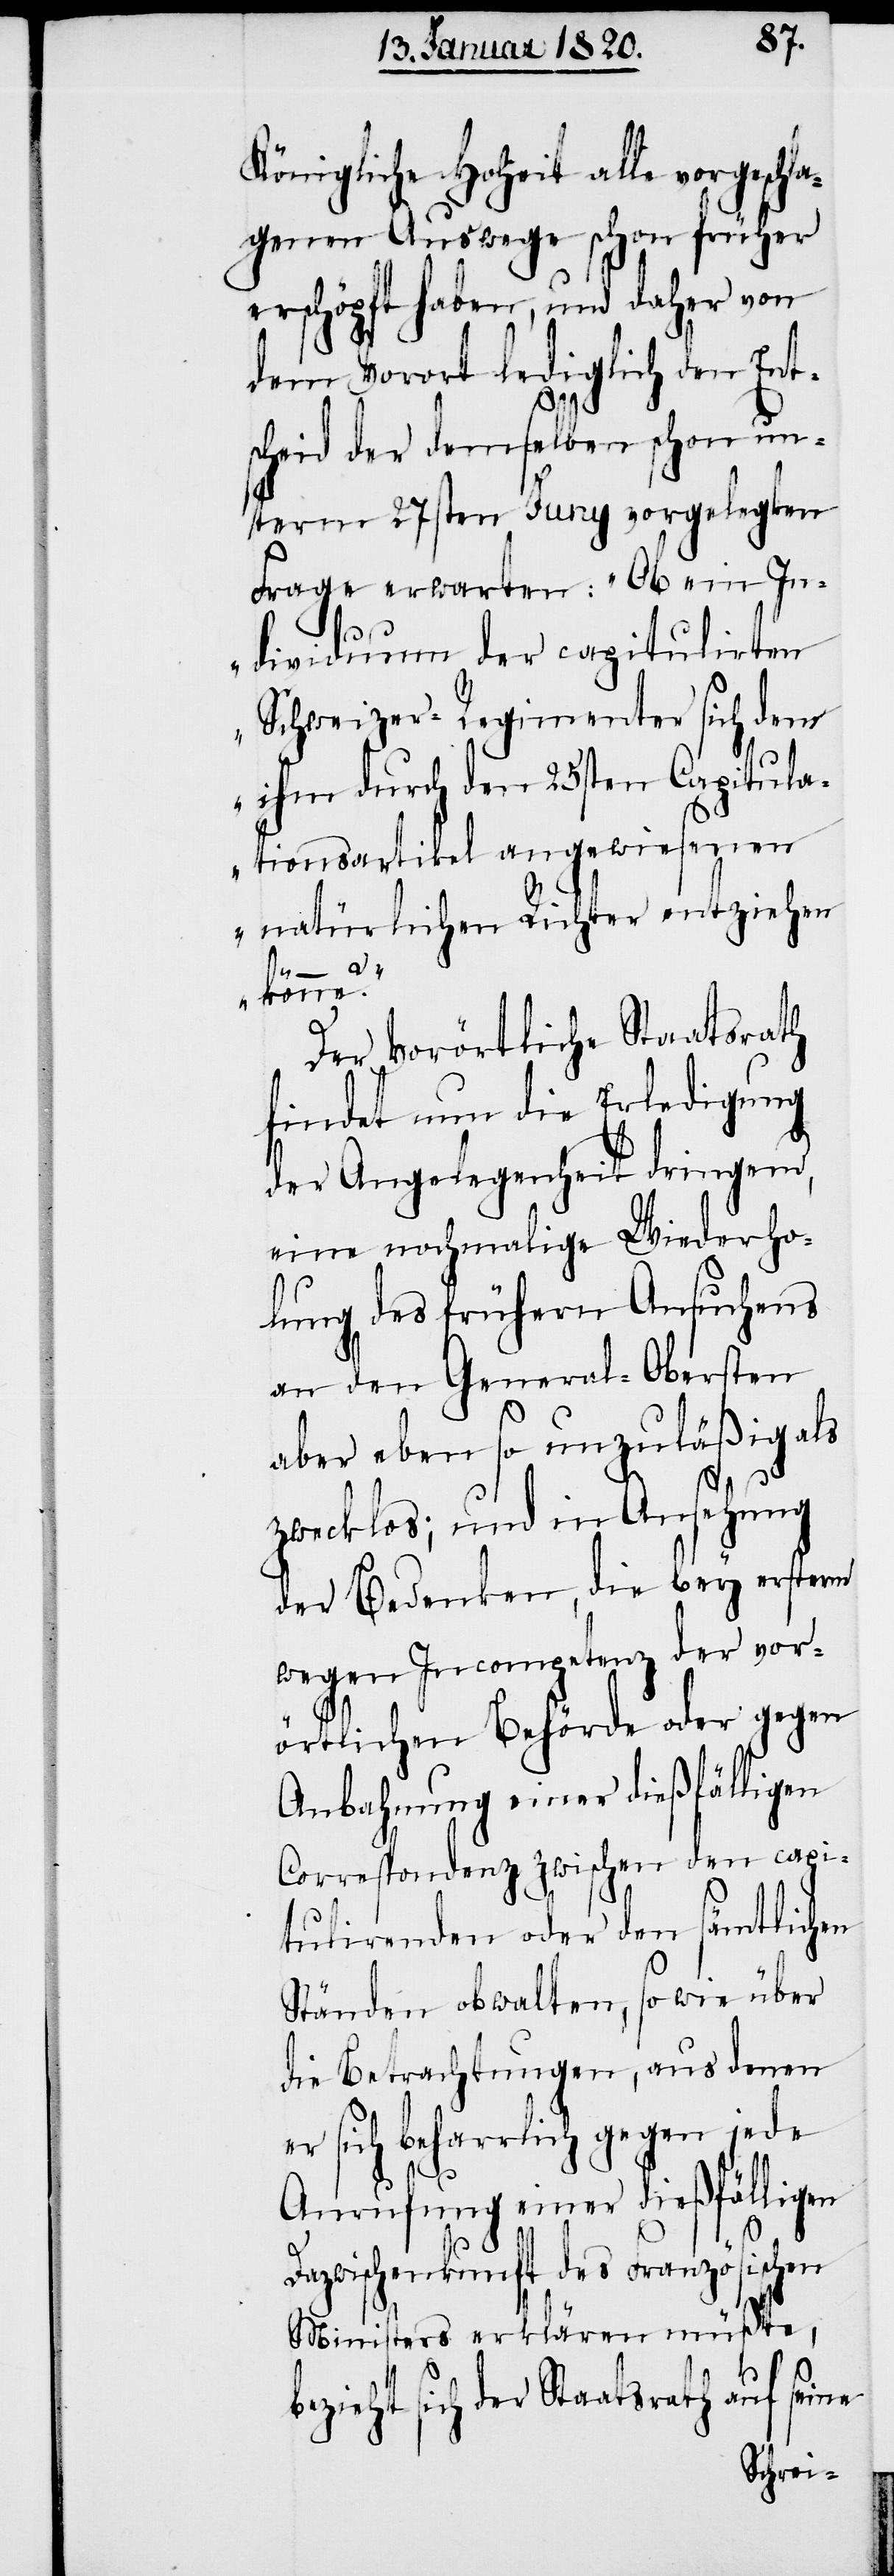
Königliche Hoheit alle vorgeschl¬
agenen Auswege schon früher
erschöpft haben, und daher von
dem Vorort lediglich den Ent¬
scheid der demselben schon un¬
term 27sten Juny vorgelegten
Frage erwarten: „Ob ein In¬
dividuum der capitulirten
Schweizer-Regimenter sich dem
ihm durch den 25sten Capitula¬
tionsartikel angewiesenen
natürlichen Richter entziehen
Der Vorörtliche Staatsrath
findet nun die Erledigung
der Angelegenheit dringend,
eine nochmalige Wiederho¬
lung des frühern Ansuchens
an den General-Obersten
aber eben so unzuläßig als
zwecklos; und in Ansehung
der Bedenken, die bey ersterm
wegen Incompetenz der vor¬
örtlichen Behörde oder gegen
Anbahnung einer dießfälligen
Correspondenz zwischen den capi¬
tulirenden oder den sämtlichen
Ständen obwalten, so wie über
die Betrachtungen, aus denen
er sich beharrlich gegen jede
Anrufung einer dießfälligen
Dazwischenkunft des Französischen
Ministers erklären müßte,
sich der Staatsrath auf seine